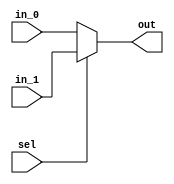
module multiplexer_2x1 #
(
  parameter DATA_WIDTH  = 32
) 
(
  input  wire [DATA_WIDTH-1:0] in_0 ,
  input  wire [DATA_WIDTH-1:0] in_1 ,
  input  wire                  sel  ,
  
  output wire [DATA_WIDTH-1:0] out
);

assign out = sel ? in_1 : in_0;

endmodule